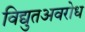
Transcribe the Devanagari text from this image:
विद्युतअवरोध